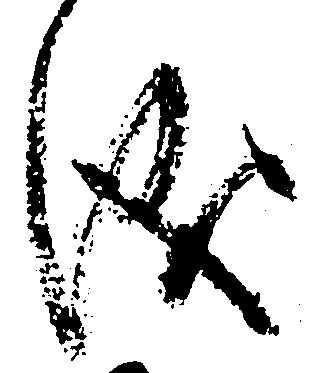
儀